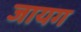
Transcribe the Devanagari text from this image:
जायग